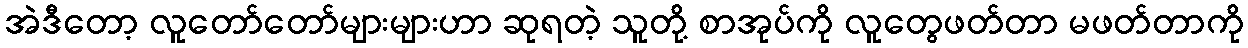
အဲဒီတော့ လူတော်တော်များများဟာ ဆုရတဲ့ သူတို့ စာအုပ်ကို လူတွေဖတ်တာ မဖတ်တာကို